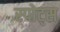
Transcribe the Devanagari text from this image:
स्‍पोट्स